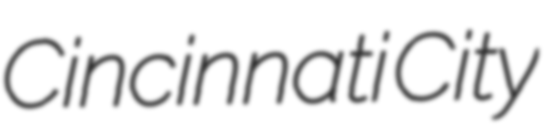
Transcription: Cincinnati City